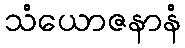
သံယောဇနာနံ